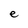
Character: e